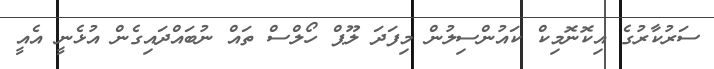
ސަރުކާރުގެ އިކޮނޮމިކް ކައުންސިލުން މިފަދަ ލޫޕް ހޯލްސް ތައް ނުބައްދައިގެން އުޅެނީ އެއީ